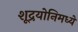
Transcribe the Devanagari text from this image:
शूद्रयोनिमध्ये